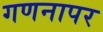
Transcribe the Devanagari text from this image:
गणनापर